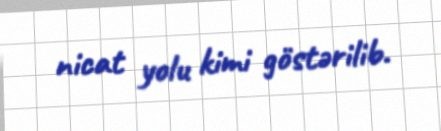
nicat yolu kimi göstərilib.